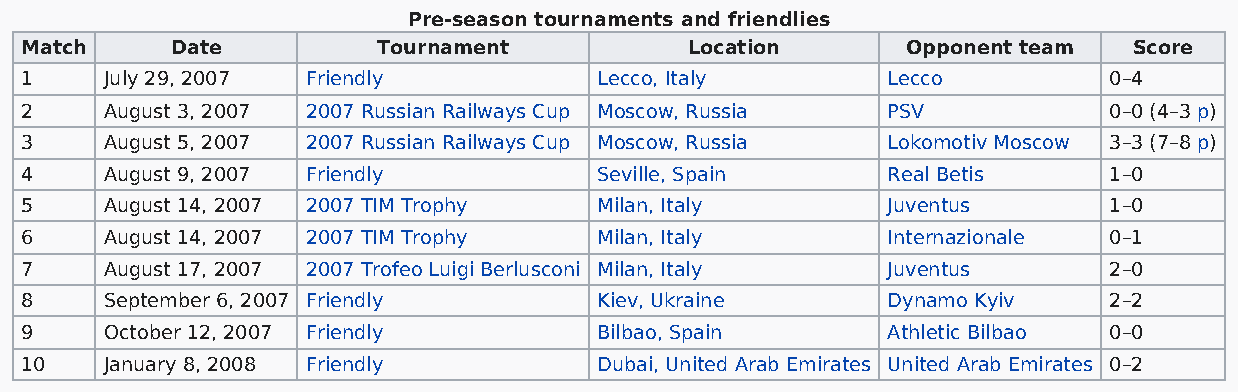
Pre-season tournaments and friendlies
 Match     Date          Tournament           Location      Opponent team  Score
 1     July 29, 2007 Friendly           Lecco, Italy       Lecco         0–4
 2     August 3, 2007 2007 Russian Railways Cup Moscow, Russia PSV       0–0 (4–3 p)
 3     August 5, 2007 2007 Russian Railways Cup Moscow, Russia Lokomotiv Moscow 3–3 (7–8 p)
 4     August 9, 2007 Friendly          Seville, Spain     Real Betis    1–0
 5     August 14, 2007 2007 TIM Trophy  Milan, Italy       Juventus      1–0
 6     August 14, 2007 2007 TIM Trophy  Milan, Italy       Internazionale 0–1
 7     August 17, 2007 2007 Trofeo Luigi Berlusconi Milan, Italy Juventus 2–0
 8     September 6, 2007 Friendly       Kiev, Ukraine      Dynamo Kyiv   2–2
 9     October 12, 2007 Friendly        Bilbao, Spain      Athletic Bilbao 0–0
 10    January 8, 2008 Friendly         Dubai, United Arab Emirates United Arab Emirates 0–2